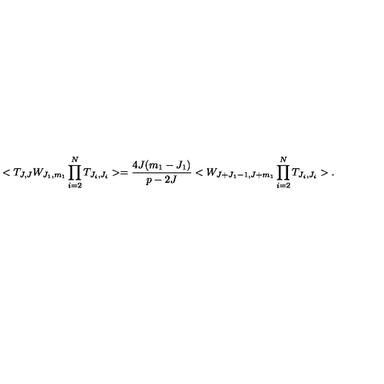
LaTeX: < T _ { J , J } W _ { J _ { 1 } , m _ { 1 } } \prod _ { i = 2 } ^ { N } T _ { J _ { i } , J _ { i } } > = \frac { 4 J ( m _ { 1 } - J _ { 1 } ) } { p - 2 J } < W _ { J + J _ { 1 } - 1 , J + m _ { 1 } } \prod _ { i = 2 } ^ { N } T _ { J _ { i } , J _ { i } } > .